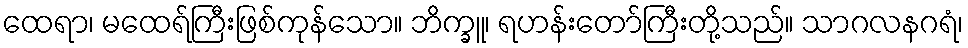
ထေရာ၊ မထေရ်ကြီးဖြစ်ကုန်သော။ ဘိက္ခူ၊ ရဟန်းတော်ကြီးတို့သည်။ သာဂလနဂရံ၊